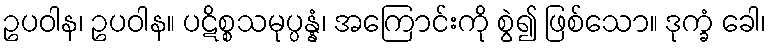
ဥပဝါန၊ ဥပဝါန။ ပဋိစ္စသမုပ္ပန္နံ၊ အကြောင်းကို စွဲ၍ ဖြစ်သော။ ဒုက္ခံ ခေါ၊